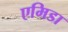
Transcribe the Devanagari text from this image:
एमिडा